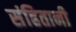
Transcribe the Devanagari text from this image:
संहितानी